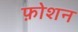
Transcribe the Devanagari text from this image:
फ़ोशन